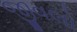
જીવલો